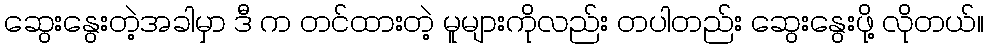
ဆွေးနွေးတဲ့အခါမှာ ဒီ က တင်ထားတဲ့ မူများကိုလည်း တပါတည်း ဆွေးနွေးဖို့ လိုတယ်။